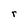
Character: r